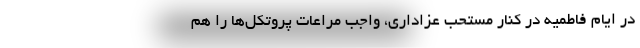
در ایام فاطمیه در کنار مستحب عزاداری، واجب مراعات پروتکل‌ها را هم